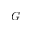
G